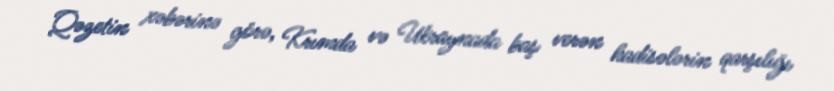
Qəzetin xəbərinə görə, Krımda və Ukraynada baş verən hadisələrin qarşılığı